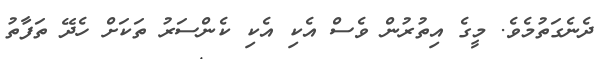
ދެނެގަތުމެވެ. މީގެ އިތުރުން ވެސް އެކި އެކި ކެންސަރު ތަކަށް ހެދޭ ތަފާތު